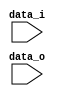
module sign_extend #(
    parameter DATA_WIDTH = 32,
    parameter EXTEND_WIDTH = 20
) (
    data_i, data_o
);
    input [DATA_WIDTH-1:0] data_i, data_o;

    assign data_o = data_i[DATA_WIDTH-1] ? {{(EXTEND_WIDTH){1'b1}}, data_i[DATA_WIDTH-1:EXTEND_WIDTH]} : {{(EXTEND_WIDTH){1'b0}}, data_i[DATA_WIDTH-1:EXTEND_WIDTH]};
endmodule